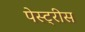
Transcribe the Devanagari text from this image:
पेस्ट्रीस